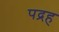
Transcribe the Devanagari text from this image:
पद्रह